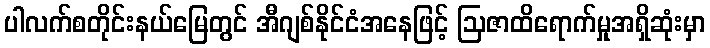
ပါလက်စတိုင်းနယ်မြေတွင် အီဂျစ်နိုင်ငံအနေဖြင့် ဩဇာထိရောက်မှုအရှိဆုံးမှာ